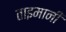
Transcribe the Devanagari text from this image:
ताइमानी